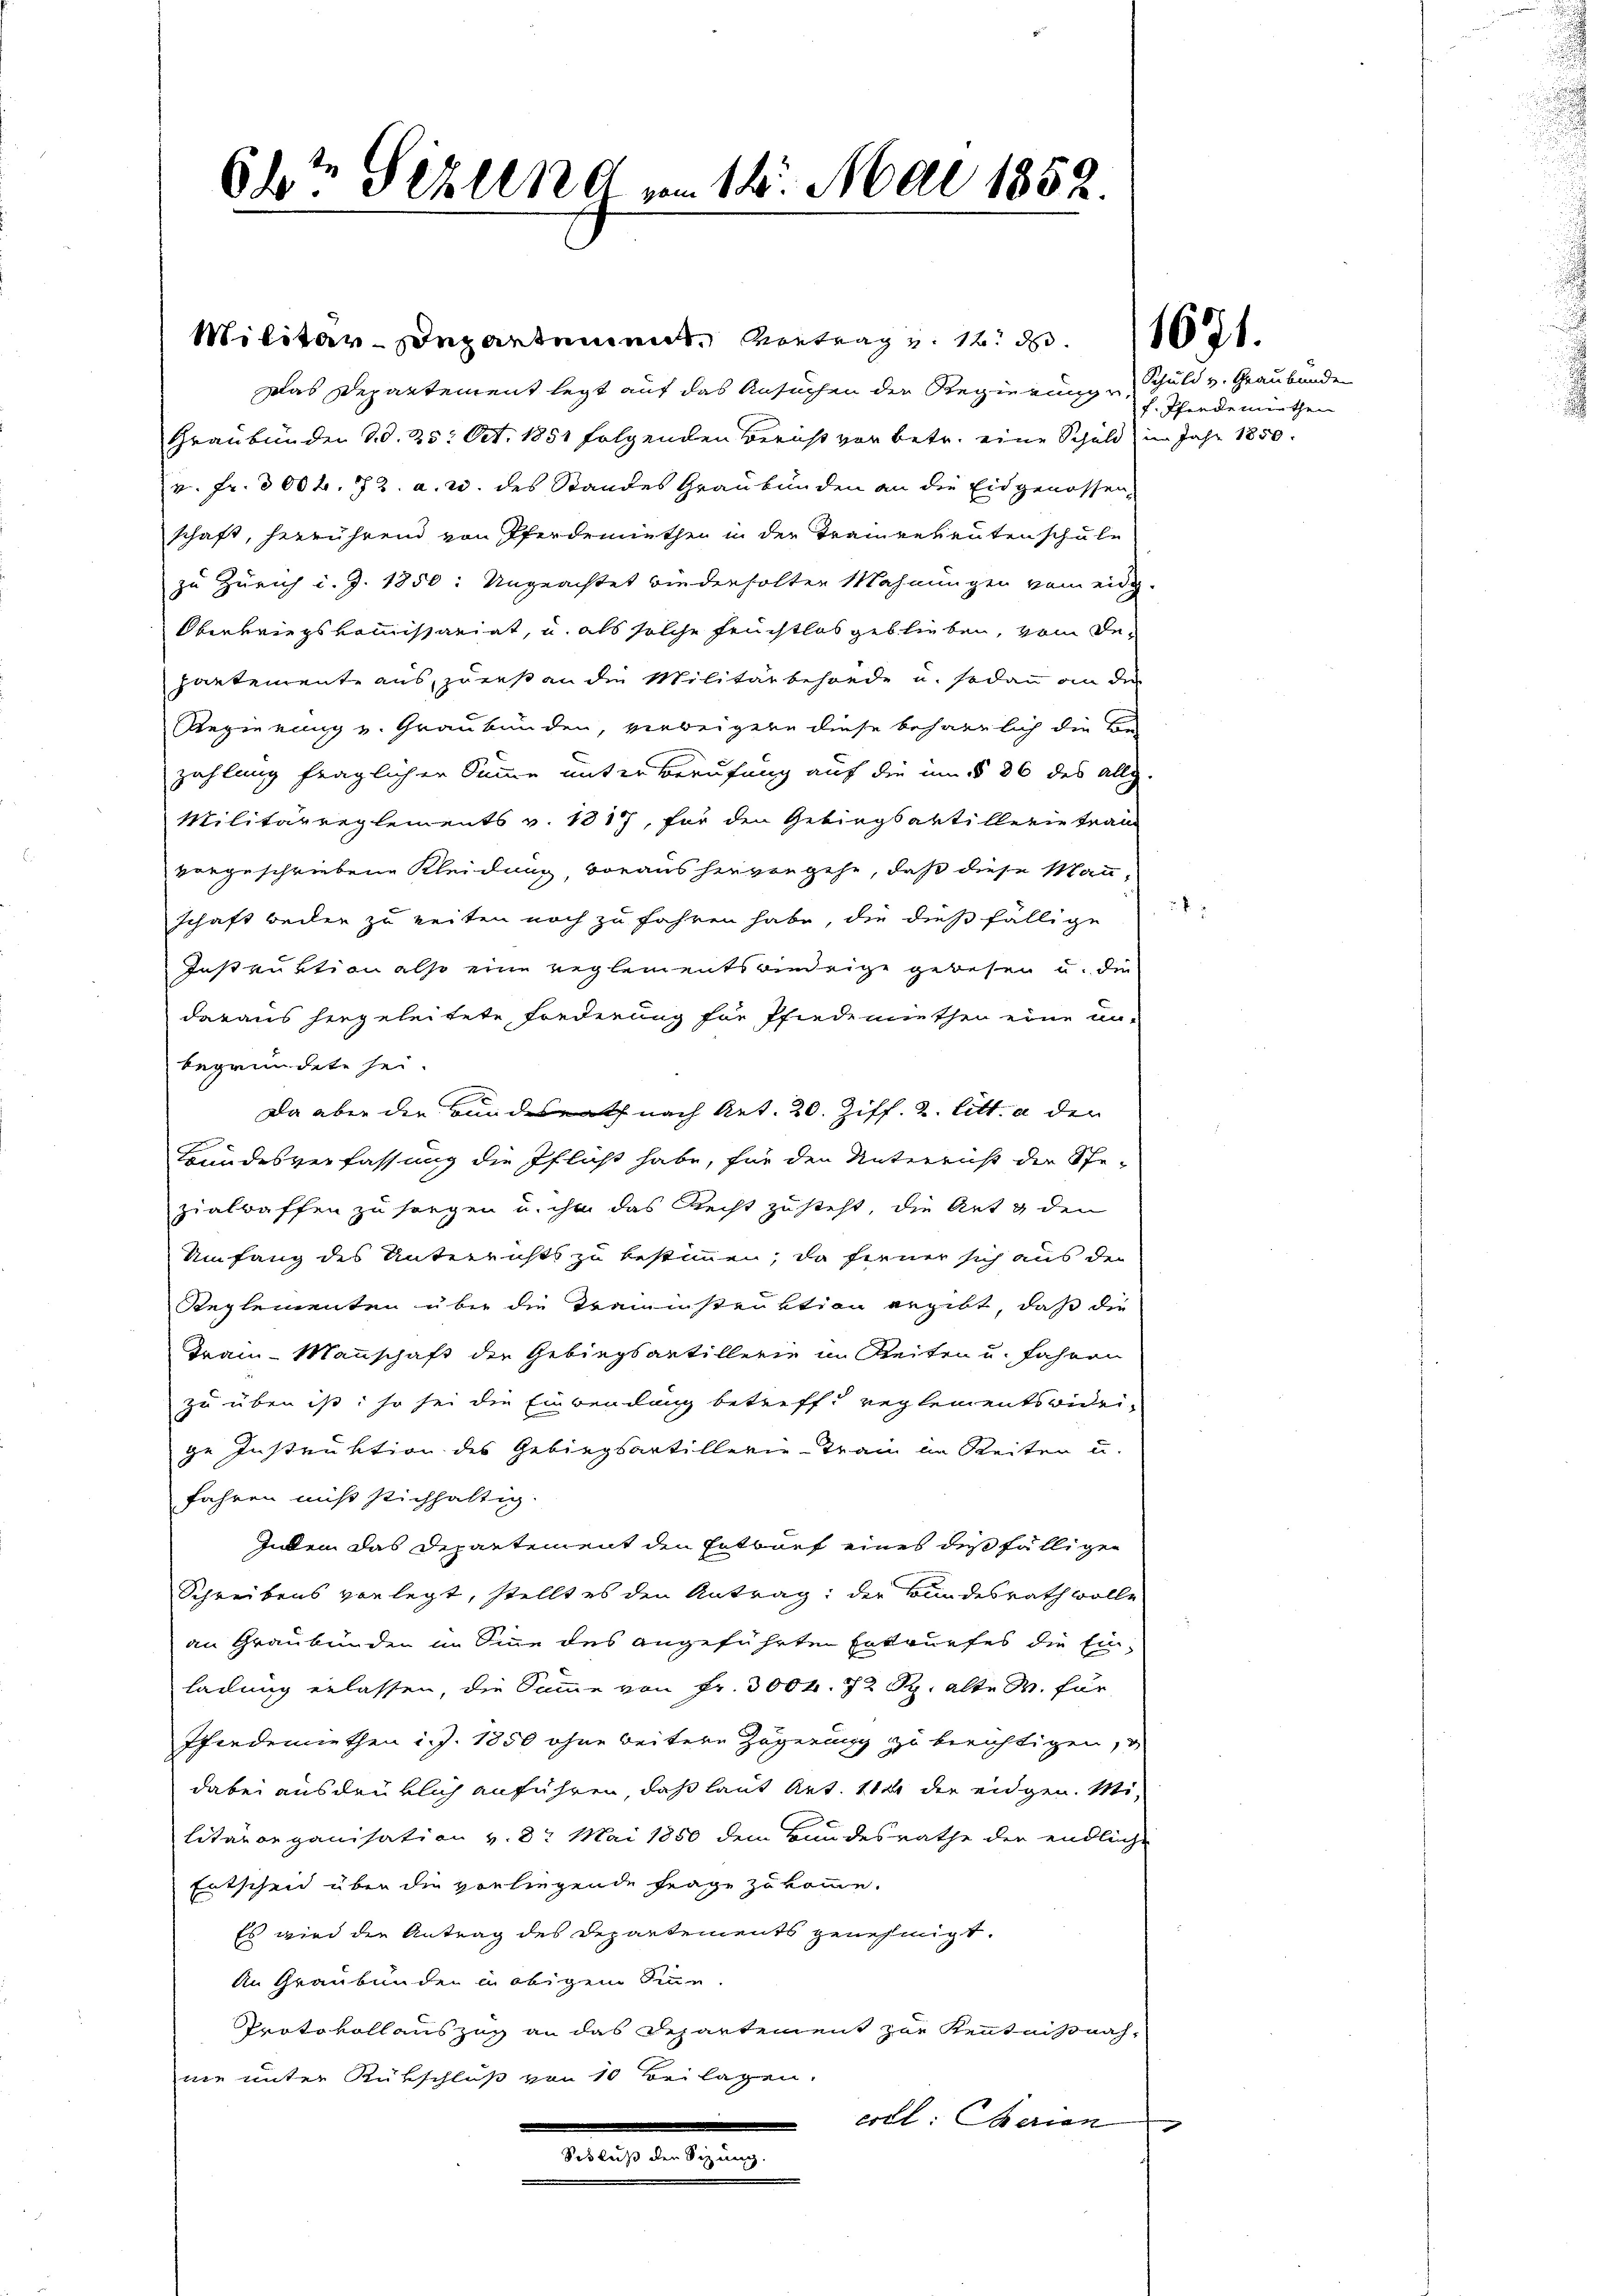
64t Fehlend vom 14. Mai 1852.

Militär-Departement. Vortrag v. 12. 1021.
Das Departement legt auf das Ansuchen der Regierung,
Graubünden Bd. 25. Oct. 1851 folgenden Bericht vor betr. eine Schuld in Jahr 1850.
v. Fr. 300 f. 72. a. u. des Standes Graubünden an die Eidgenossen,
schaft, herrührend von Pferdemiethen in der Trainerleutenschule
zu Zürich d. J. 1850: Ungeachtet wiederholten Mahnungen vom eidg.
Oberkriegskomissariat, u. als solche Früchtlos geblieben, vom Bepartemente aus, zuers an die Militärbehörde u. sodann an der
Regierung v. Graubünden, verbeigere diese beharrlich die Be-
zahlung fraglicher Summe unter Berufung auf die im § 86 des allg.
Militärreglements v. 1817, für den Gebirgsartillerie tran
vorgeschriebene Kleidung, voraus hervorgehe, daß diese Mann-
schaft beiden zu zeiten noch zu fahren habe, die dießfällige
Instruktion also eine reglementsriedrige gewesen u. die
daraus hingeleitete Forderung für Pfindemiethen eine un-
begründete sei.
Da aber die Bundesrath nach Art. 20. Ziff. 2. litt. a der
Bundesverfassung die Pflicht habe, für den Unterricht der Spe-
zialraffen zu sorgen u. ihm das Recht zusteht, die Art & den
Umfang des Unterrichts zu bestimmen, da fiener sich aus der
Reglementen über die Traminstruktion gegibt, daß die
Frain-Mannschaft der Gebiegsartillerie im Reiten u. fahren
zu üben ist: so sei die Einwendung betreff reglementsvidei-
ge Instruktion des Gebirgsartillerie-Train im Reiten u.
fahren mit stichhaltig.
Indem das Departement den Entwurf eines des fälligen
Schreibens vorlegt, stellt es den Antrag; der Bundesrath wolle
an Graubünden in Sinne des angeführten Entwurfes die Ein-
ladung erlassen, die Summe von Fr. 3004. 72 Rp. alte W. für
Pferdemiethen i. J. 1850 ohne beitere Zögerung zu berichtigen, u
dabei ausdrüklich anführen, daß laut Art. 11 die eidgen. Militärorganisation v. 8. Mai 1850 dem Bundesrathe der endliche
Entscheid über die vorliegende Frage zu komme.
Es wird den Antrag des Departements genehmigt.
An Graubünden in obigem Sinn.
Protokollauszug an das Departement zur Kenntnisnahnie unter Rükschluß von 10 Beilagen.
ertl Serien
m
Schluß der Sizung.

Schuld v. Graubünden
f. Pferdemiethen

2